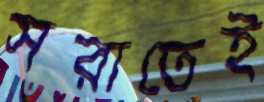
সরাতেই